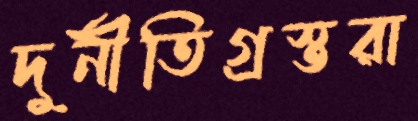
দুর্নীতিগ্রস্তরা